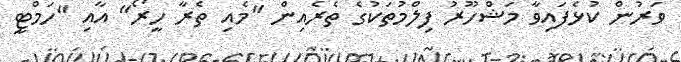
ވަރުން ކުޅެފައިވާ މަޝްހޫރު ފިލްމުތަކުގެ ތެރެއިން "މެއި ތެރާ ހީރޯ" އާާއި "ހަމްޓީ